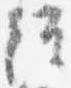
経